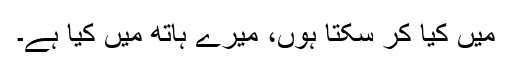
میں کیا کر سکتا ہوں، میرے ہاتھ میں کیا ہے۔